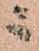
ニ